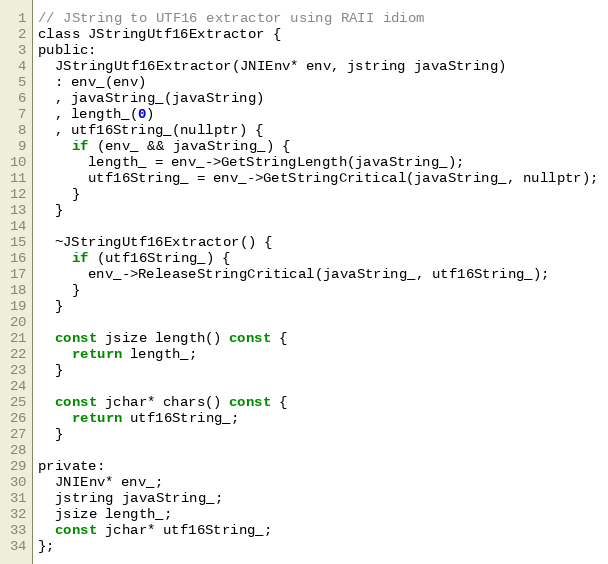
Language: C
// JString to UTF16 extractor using RAII idiom
class JStringUtf16Extractor {
public:
  JStringUtf16Extractor(JNIEnv* env, jstring javaString)
  : env_(env)
  , javaString_(javaString)
  , length_(0)
  , utf16String_(nullptr) {
    if (env_ && javaString_) {
      length_ = env_->GetStringLength(javaString_);
      utf16String_ = env_->GetStringCritical(javaString_, nullptr);
    }
  }

  ~JStringUtf16Extractor() {
    if (utf16String_) {
      env_->ReleaseStringCritical(javaString_, utf16String_);
    }
  }

  const jsize length() const {
    return length_;
  }

  const jchar* chars() const {
    return utf16String_;
  }

private:
  JNIEnv* env_;
  jstring javaString_;
  jsize length_;
  const jchar* utf16String_;
};